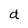
Character: d